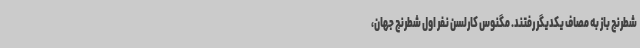
شطرنج باز به مصاف یکدیگر رفتند. مگنوس کارلسن نفر اول شطرنج جهان،